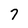
Character: 7